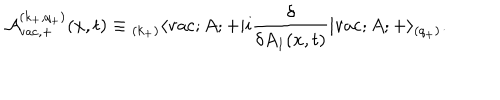
{ \cal A } _ { \mathrm { v a c } , + } ^ { ( k _ { + } , q _ { + } ) } ( x , t ) \equiv { _ { ( k _ { + } ) } \langle } \mathrm { v a c } ; A ; + | i \frac { \delta } { \delta A _ { 1 } ( x , t ) } | \mathrm { v a c } ; A ; + \rangle _ { ( q _ { + } ) } .